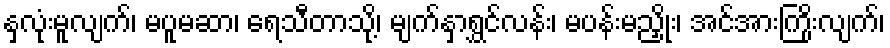
နှလုံးမူလျက်၊ မပူမဆာ၊ ရေသီတာသို့၊ မျက်နှာရွှင်လန်း၊ မပန်းမညှိုး၊ အင်အားကြိုးလျက်၊